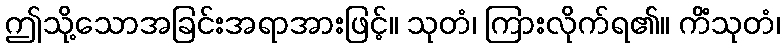
ဤသို့သောအခြင်းအရာအားဖြင့်။ သုတံ၊ ကြားလိုက်ရ၏။ ကိံသုတံ၊